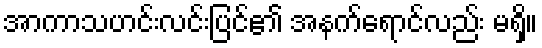
အာကာသဟင်းလင်းပြင်၏ အနက်ရောင်လည်း မရှိ။